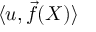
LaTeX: \langle u , { \vec { f } } ( X ) \rangle